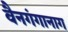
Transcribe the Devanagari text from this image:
वैनगंगानाग